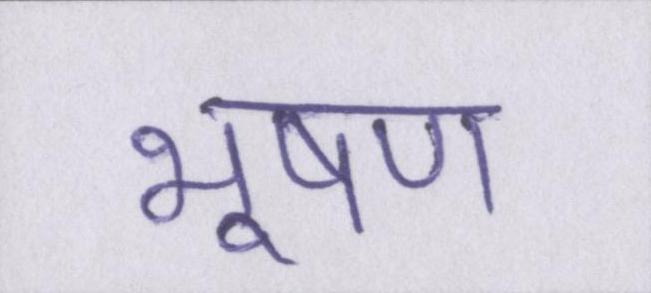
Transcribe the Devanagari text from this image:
भूषण